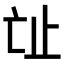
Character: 𣥊